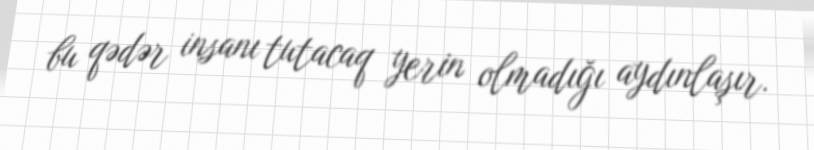
bu qədər insanı tutacaq yerin olmadığı aydınlaşır.